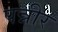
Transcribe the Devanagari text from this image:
पन्नीर